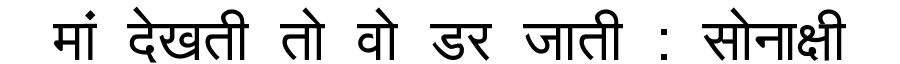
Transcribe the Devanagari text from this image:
मां देखती तो वो डर जाती : सोनाक्षी